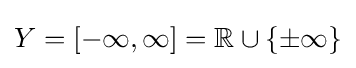
Y=[-\infty ,\infty ]=\mathbb {R} \cup \{\pm \infty \}